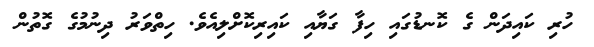
ހުރި ކައިދަން ގެ ކޮނޑުގައި ހިފާ ގަޔާއި ކައިރިކޮށްލިއެވެ. ހިތްވަރު ދިނުމުގެ ގޮތުން